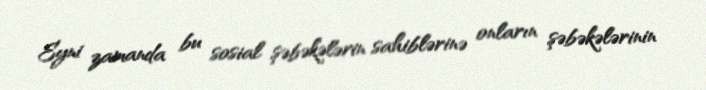
Eyni zamanda bu sosial şəbəkələrin sahiblərinə onların şəbəkələrinin